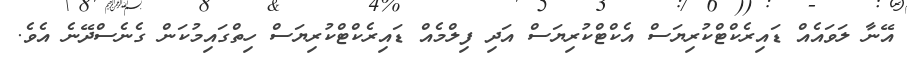
އޭނާ ލަވައެއް ޑައިރެކްޓްކުރިޔަސް އެކްޓްކުރިޔަސް އަދި ފިލްމެއް ޑައިރެކްޓްކުރިޔަސް ހިތްގައިމުކަން ގެނެސްދޭނެ އެވެ.